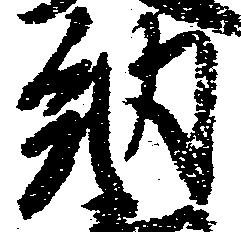
納